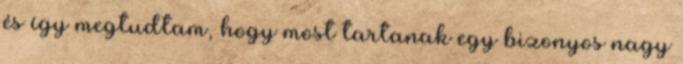
és így megtudtam, hogy most tartanak egy bizonyos nagy